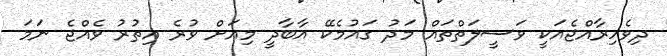
ދިވެހިރާއްޖެއަކީ ވަސީލަތްތައް މަދު ގައުމެކޭ އާބާދީ މިއަށް ވުރެ އިތުރު ވެއްޖެ ނަމަ